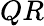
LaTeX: QR